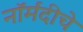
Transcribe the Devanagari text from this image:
नॉर्मंदीचे